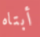
أبتاه